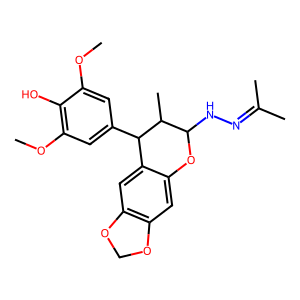
SMILES: COc1cc(C2c3cc4c(cc3OC(NN=C(C)C)C2C)OCO4)cc(OC)c1O
Inhibits HIV replication: No